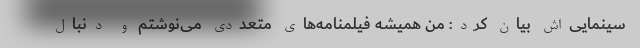
سینمایی‌اش بیان کرد: من همیشه فیلمنامه‌های متعددی می‌نوشتم و دنبال